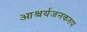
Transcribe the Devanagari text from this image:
आश्चर्यजनकरुप